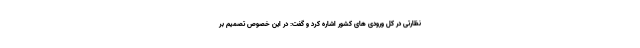
نظارتی در کل ورودی های کشور اشاره کرد و گفت: در این خصوص تصمیم بر